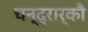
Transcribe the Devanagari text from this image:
चन्द्रार्कौ